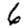
Digit: 6